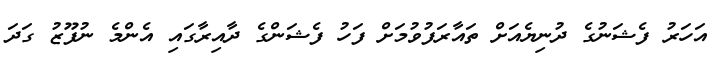
އަހަރު ފެޝަނުގެ ދުނިޔެއަށް ތައާރަފުވުމަށް ފަހު ފެޝަންގެ ދާއިރާގައި އެންމެ ނުފޫޒު ގަދަ